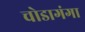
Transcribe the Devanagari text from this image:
चोडागंगा